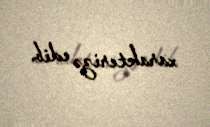
xarakterizə edib.